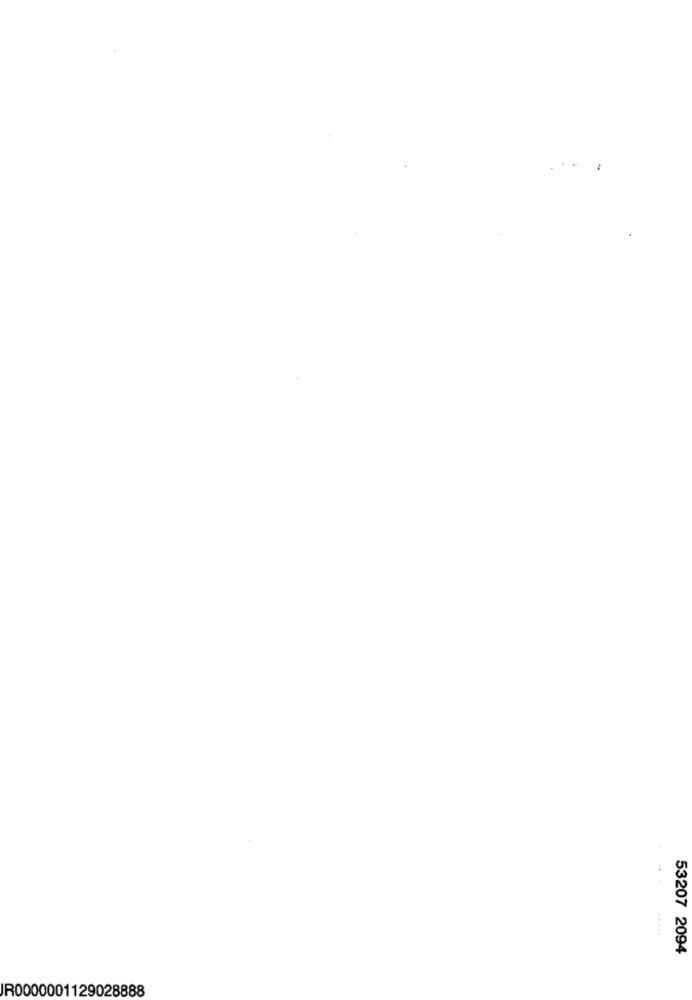
53207 2094
IR0000001129028888